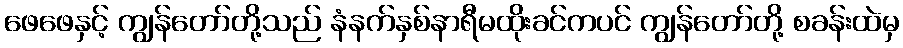
ဖေဖေနှင့် ကျွန်တော်တို့သည် နံနက်နှစ်နာရီမထိုးခင်ကပင် ကျွန်တော်တို့ စခန်းထဲမှ